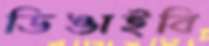
ডিঙাইবি